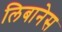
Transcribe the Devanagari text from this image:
लिबानेस